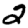
Digit: 2